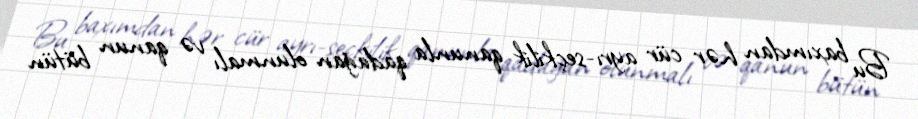
Bu baxımdan hər cür ayrı-seçkilik qanunla qadağan olunmalı və qanun bütün